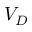
V _ { D }